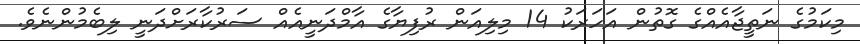
މިކަމުގެ ނަތީޖާއެއްގެ ގޮތުން އަހަރަކު 14 މިލިއަން ރުފިޔާގެ އާމްދަނީއެއް ސަރުކާރަށްދަނީ ލިބެމުންނެވެ.